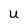
Character: U